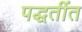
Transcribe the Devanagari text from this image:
पद्धतींत